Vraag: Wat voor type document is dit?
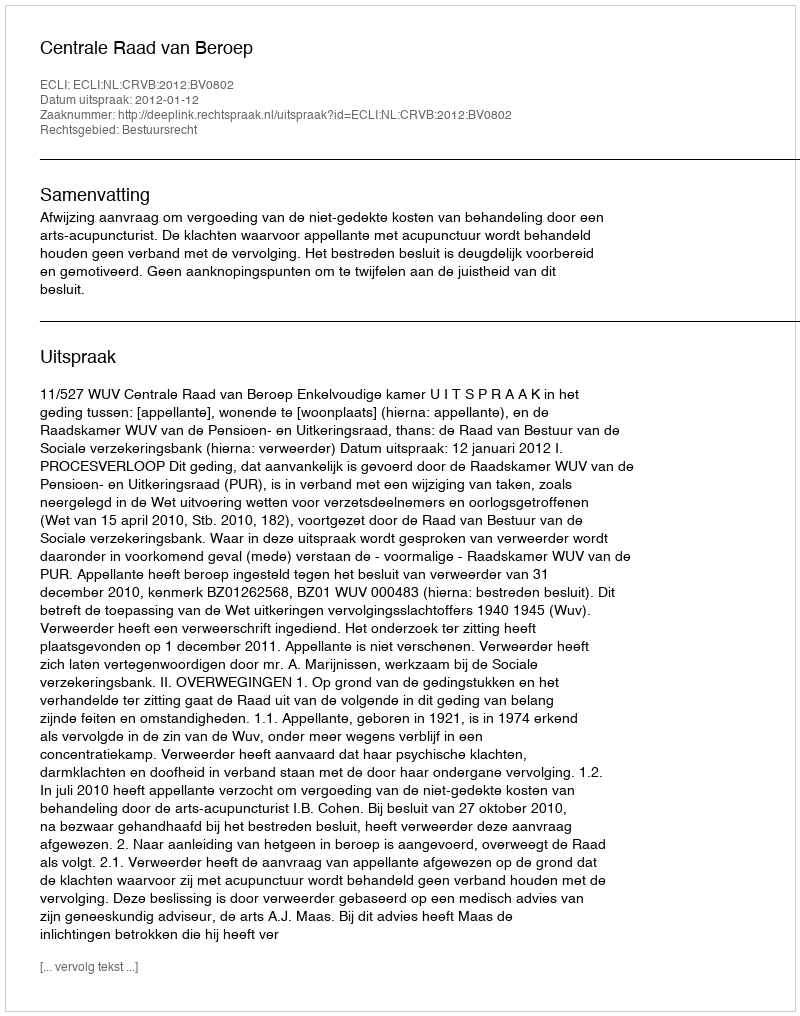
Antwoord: Uitspraak